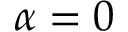
\alpha = 0